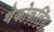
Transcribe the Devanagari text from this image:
थेकोकलिंग